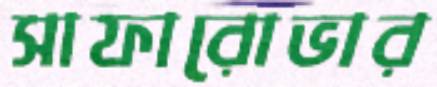
সাফারোভার